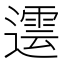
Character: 𨗠